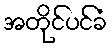
အတိုင်ပင်ခံ